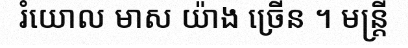
រំយោល មាស យ៉ាង ច្រើន ។ មន្ត្រី